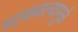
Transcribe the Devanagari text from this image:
पटकवल्यामुळे